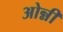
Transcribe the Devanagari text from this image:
ओन्नी